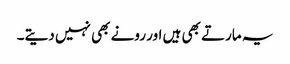
یہ مارتے بھی ہیں اور رونے بھی نہیں دیتے۔